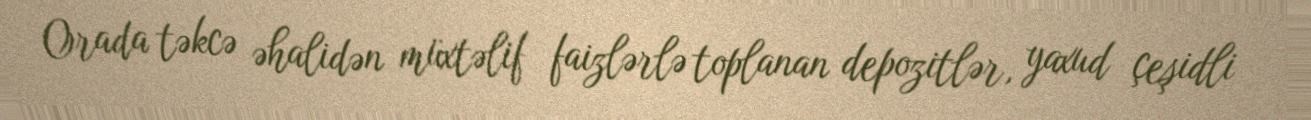
Orada təkcə əhalidən müxtəlif faizlərlə toplanan depozitlər, yaxud çeşidli